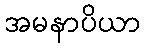
အမနာပိယာ